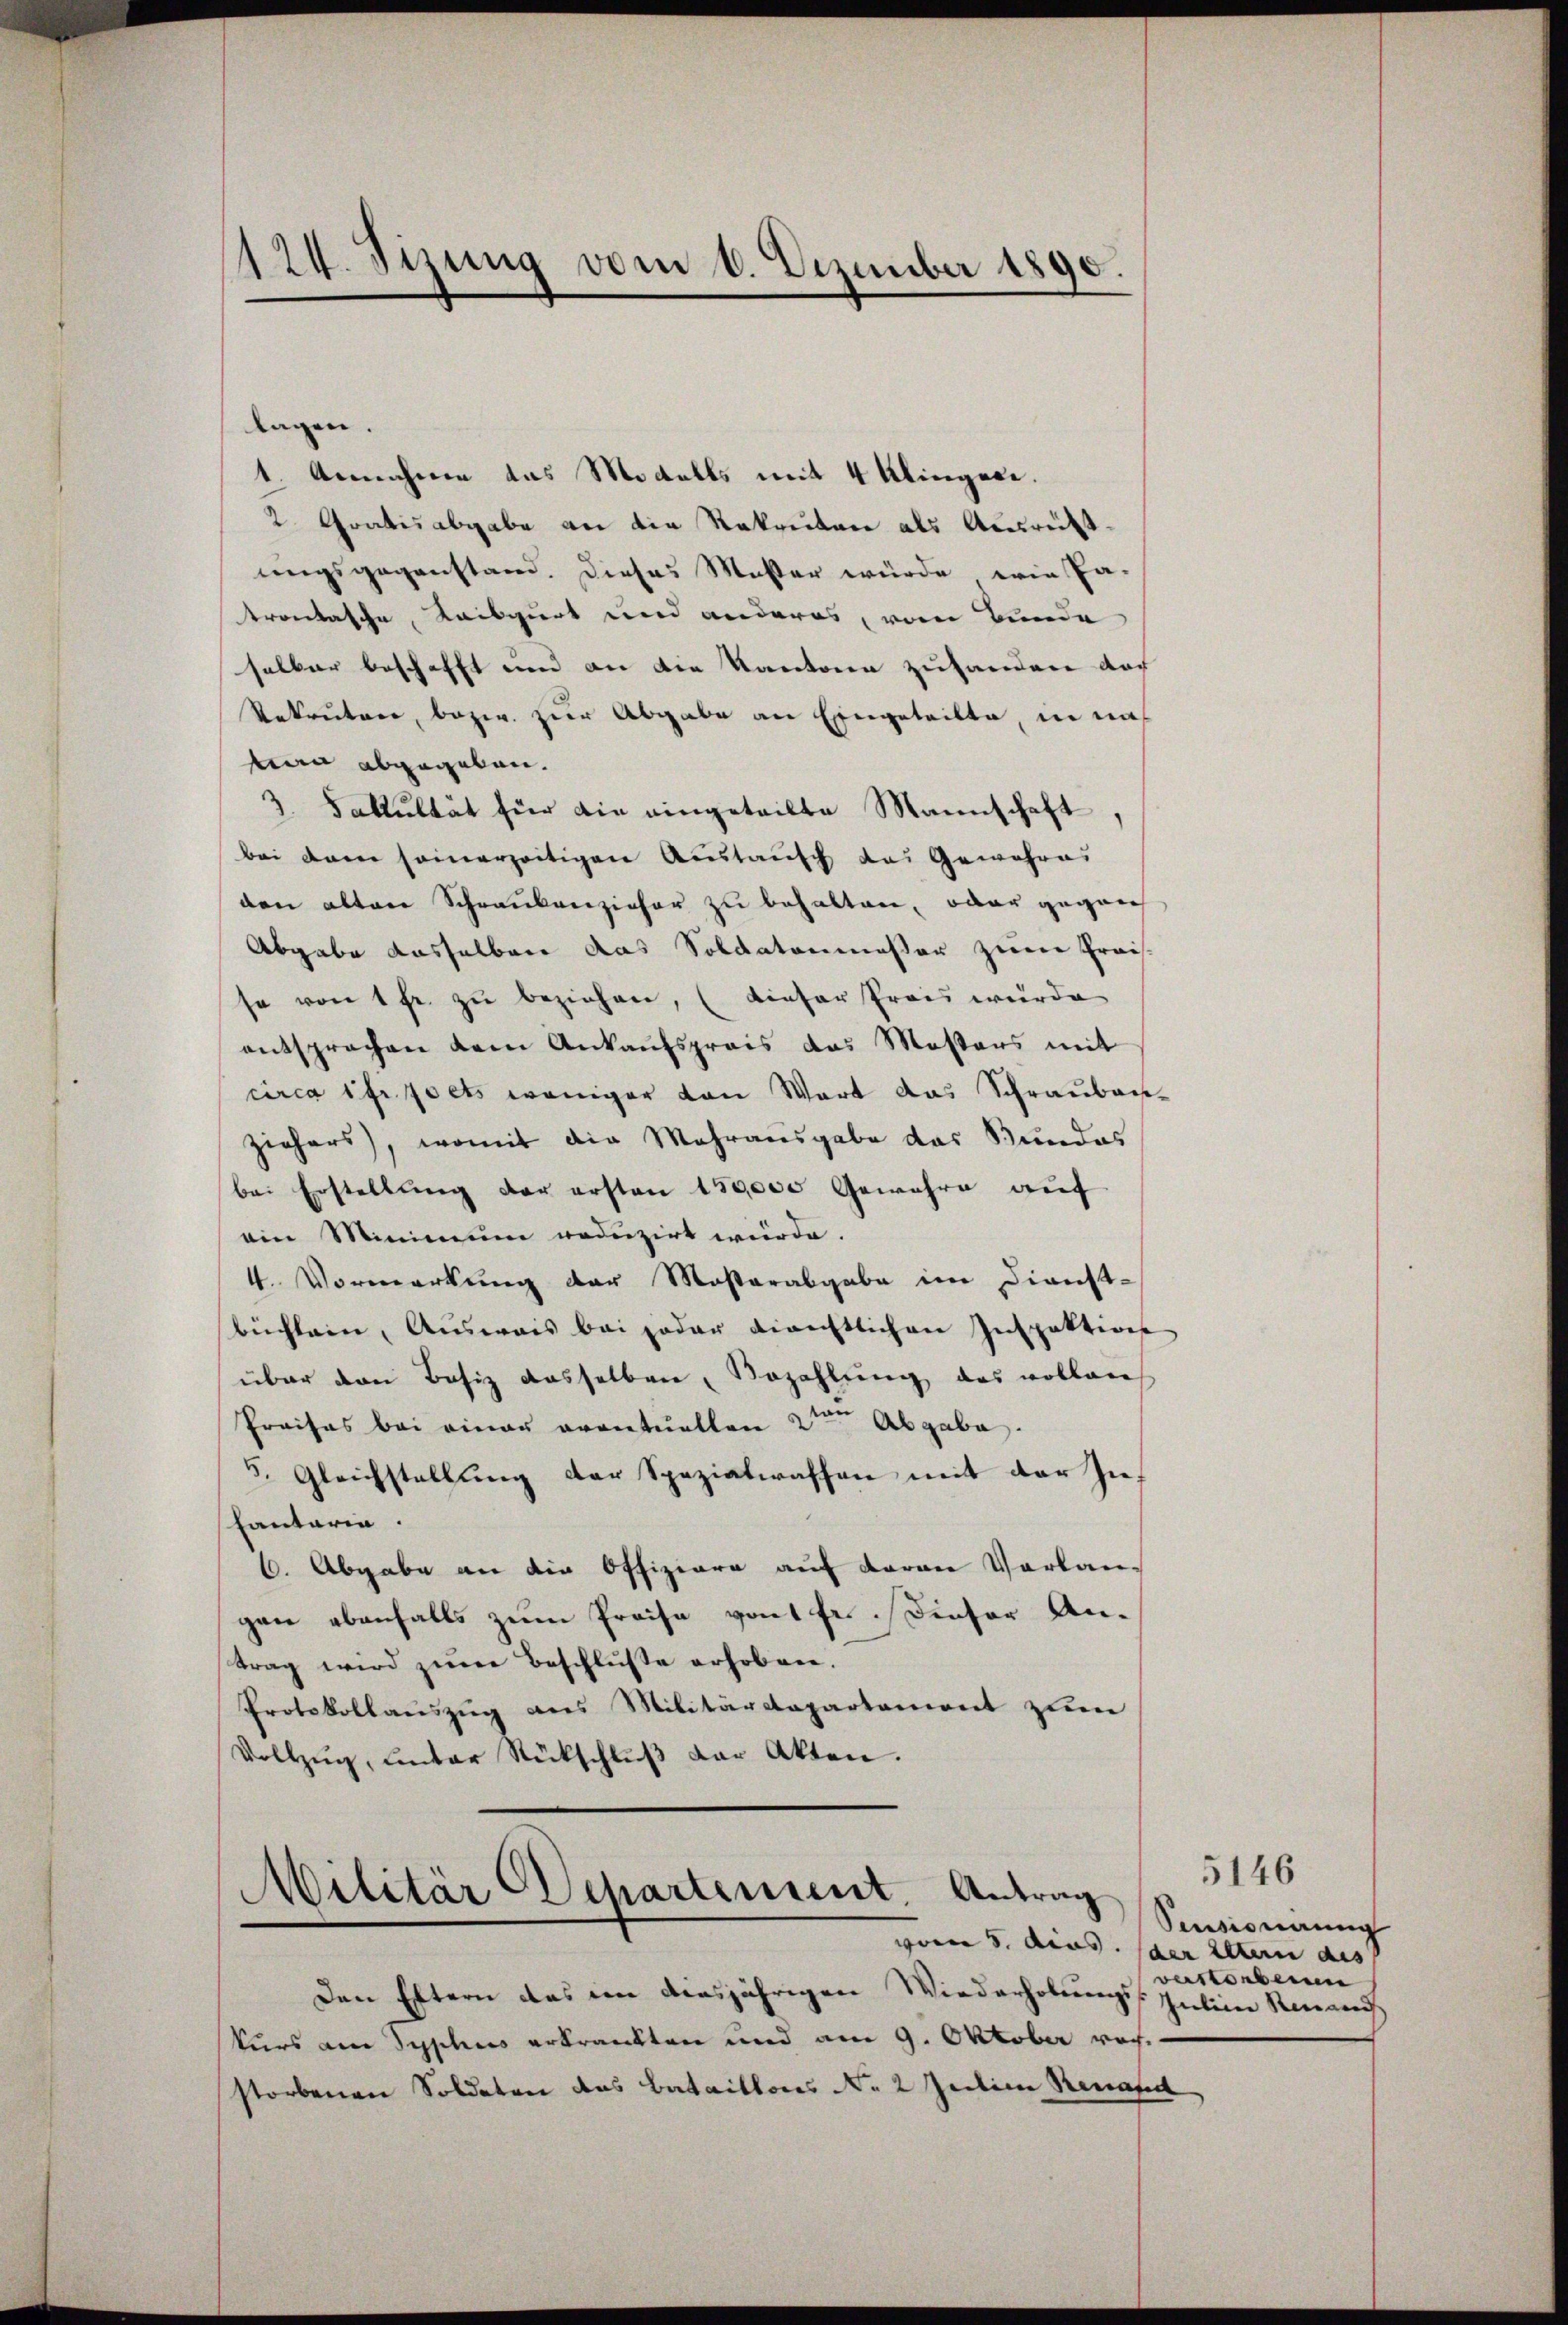
120. Sizung vom 8. Dezember 1890.

lagen.
1. Annahmen das Modalls mit 4 Klingere.
2. Gratis abgabe an die Sekreitere als Ausreift.
ungsgegenstand. Dieses Muster würde, wie Pa-
trontasche, Kaisgurt und anderes, vom Bunde
selber beschafft und an die Kantone zuhanden dar
Rekrutäre, bezw. zur Abgabe an Eingeteilte, in nich
mann abgegeben.
3. Fakultät für die eingeteilte Mannschaft,
bei dann sommerzeitigen Austausch das Gewahres
den alten Schrankenzieher zu behalten, oder gegen
Abgabe dasselben das Soldatenmesser zum Preis-
se von 1 fr. zu beziehen, (dieser Preis wurde
entsprochen dem Ankaufspreis das Massers mit
circa ihr poets weniger von Wort das Schrauben-
ziehers), womit die Mehrausgabe das Bundes
bei Erstellung der ersten 150,000 Gewahre auf
ein Minimum reduzirt würde.
4. Vormerkung der Masterabgabe im Dienst-
büchlein, Ausweis bei jeder direchtlichen Inspektion
über den Besiz dasselben, Bezahlŭng das vollanch
Preises bei einer eventuellen 2ten Abgabe.
5. Gleichstellung der Spezialwaffen mit der Inhantaria.
1. Abgabe an die Offiziare auf daran Verlangen ebenfalls zum Preise von 1 Fr. Dieser Antrag wird zum Beschluße erhoben.
Protokollanszŭg ans Militärdepartement zŭm
Vollzŭg, unter Rückschlŭβ der Akten.

Militär Departement. Antrag
vom 8. Aios. (der Eltern aus

Den Eltern das im diesjährigen Wiederholungs-Inten Renais
kurs am Syphines erkrankten und am 9. Oktober noch
storbenen Soldaten das Bataillons No 2 Juilien Renate

5146
Pensionirung
verstorbenen